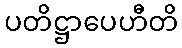
ပတိဋ္ဌာပေဟီတိ